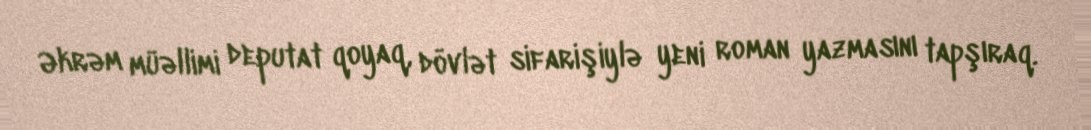
Əkrəm müəllimi deputat qoyaq, dövlət sifarişiylə yeni roman yazmasını tapşıraq.